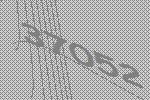
37052